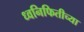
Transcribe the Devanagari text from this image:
ध्वनिफितीच्या